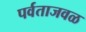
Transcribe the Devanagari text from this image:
पर्वताजवळ